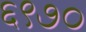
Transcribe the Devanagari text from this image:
६९७०